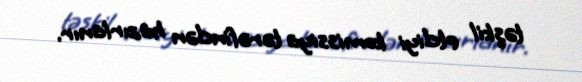
təşkil etdiyi komissiya tərəfindən hazırlanır.